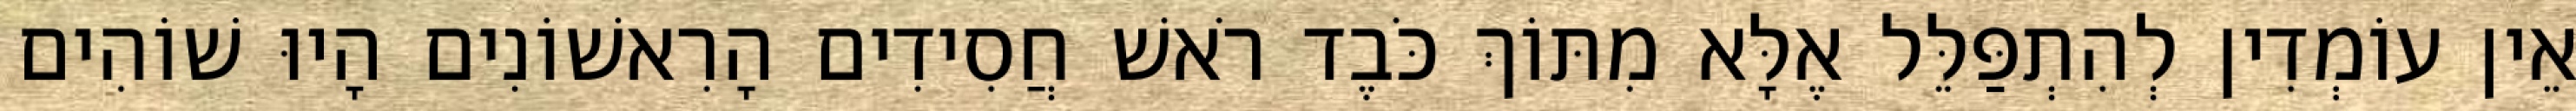
אֵין עוֹמְדִין לְהִתְפַּלֵּל אֶלָּא מִתּוֹךְ כֹּבֶד רֹאשׁ חֲסִידִים הָרִאשׁוֹנִים הָיוּ שׁוֹהִים